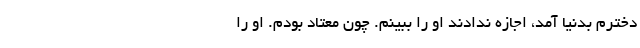
دخترم بدنیا آمد، اجازه ندادند او را ببینم. چون معتاد بودم. او را